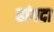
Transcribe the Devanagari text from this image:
हांगदा